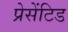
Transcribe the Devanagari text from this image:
प्रेसेंटिड